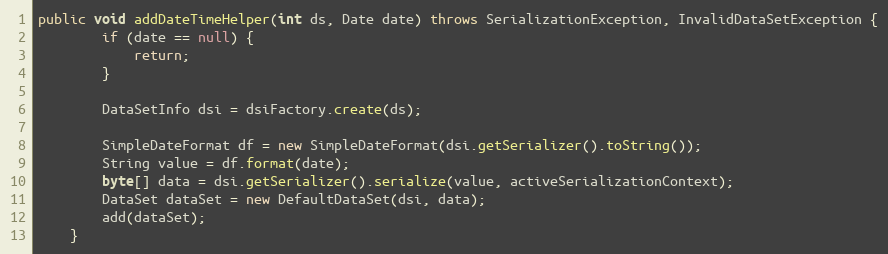
Language: Java
public void addDateTimeHelper(int ds, Date date) throws SerializationException, InvalidDataSetException {
		if (date == null) {
			return;
		}

		DataSetInfo dsi = dsiFactory.create(ds);

		SimpleDateFormat df = new SimpleDateFormat(dsi.getSerializer().toString());
		String value = df.format(date);
		byte[] data = dsi.getSerializer().serialize(value, activeSerializationContext);
		DataSet dataSet = new DefaultDataSet(dsi, data);
		add(dataSet);
	}